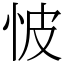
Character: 怶